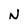
Character: N